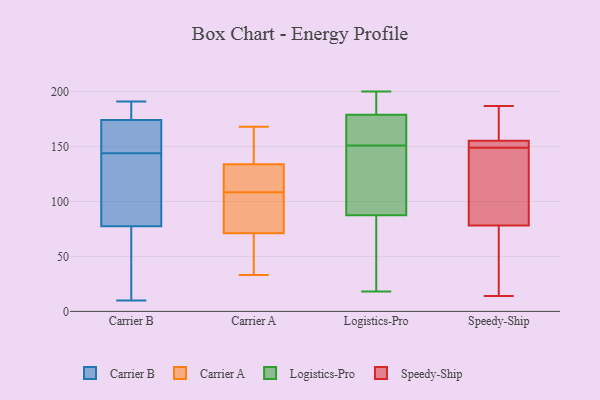
{"axis": {"x": "Satisfaction Score", "y": "Value"}, "legend": ["Carrier A", "Carrier B", "Logistics-Pro", "Speedy-Ship"], "data": [{"x": "", "y": 182, "type": "Carrier B"}, {"x": "", "y": 10, "type": "Carrier B"}, {"x": "", "y": 191, "type": "Carrier B"}, {"x": "", "y": 140, "type": "Carrier B"}, {"x": "", "y": 51, "type": "Carrier B"}, {"x": "", "y": 172, "type": "Carrier B"}, {"x": "", "y": 145, "type": "Carrier B"}, {"x": "", "y": 72, "type": "Carrier B"}, {"x": "", "y": 104, "type": "Carrier B"}, {"x": "", "y": 167, "type": "Carrier B"}, {"x": "", "y": 160, "type": "Carrier B"}, {"x": "", "y": 189, "type": "Carrier B"}, {"x": "", "y": 178, "type": "Carrier B"}, {"x": "", "y": 13, "type": "Carrier B"}, {"x": "", "y": 175, "type": "Carrier B"}, {"x": "", "y": 144, "type": "Carrier B"}, {"x": "", "y": 105, "type": "Carrier B"}, {"x": "", "y": 91, "type": "Carrier B"}, {"x": "", "y": 73, "type": "Carrier B"}, {"x": "", "y": 48, "type": "Carrier A"}, {"x": "", "y": 72, "type": "Carrier A"}, {"x": "", "y": 109, "type": "Carrier A"}, {"x": "", "y": 108, "type": "Carrier A"}, {"x": "", "y": 132, "type": "Carrier A"}, {"x": "", "y": 131, "type": "Carrier A"}, {"x": "", "y": 71, "type": "Carrier A"}, {"x": "", "y": 47, "type": "Carrier A"}, {"x": "", "y": 158, "type": "Carrier A"}, {"x": "", "y": 134, "type": "Carrier A"}, {"x": "", "y": 168, "type": "Carrier A"}, {"x": "", "y": 33, "type": "Carrier A"}, {"x": "", "y": 135, "type": "Carrier A"}, {"x": "", "y": 77, "type": "Carrier A"}, {"x": "", "y": 134, "type": "Logistics-Pro"}, {"x": "", "y": 160, "type": "Logistics-Pro"}, {"x": "", "y": 52, "type": "Logistics-Pro"}, {"x": "", "y": 21, "type": "Logistics-Pro"}, {"x": "", "y": 181, "type": "Logistics-Pro"}, {"x": "", "y": 151, "type": "Logistics-Pro"}, {"x": "", "y": 173, "type": "Logistics-Pro"}, {"x": "", "y": 184, "type": "Logistics-Pro"}, {"x": "", "y": 66, "type": "Logistics-Pro"}, {"x": "", "y": 200, "type": "Logistics-Pro"}, {"x": "", "y": 86, "type": "Logistics-Pro"}, {"x": "", "y": 199, "type": "Logistics-Pro"}, {"x": "", "y": 99, "type": "Logistics-Pro"}, {"x": "", "y": 162, "type": "Logistics-Pro"}, {"x": "", "y": 162, "type": "Logistics-Pro"}, {"x": "", "y": 92, "type": "Logistics-Pro"}, {"x": "", "y": 182, "type": "Logistics-Pro"}, {"x": "", "y": 148, "type": "Logistics-Pro"}, {"x": "", "y": 18, "type": "Logistics-Pro"}, {"x": "", "y": 148, "type": "Speedy-Ship"}, {"x": "", "y": 14, "type": "Speedy-Ship"}, {"x": "", "y": 156, "type": "Speedy-Ship"}, {"x": "", "y": 81, "type": "Speedy-Ship"}, {"x": "", "y": 154, "type": "Speedy-Ship"}, {"x": "", "y": 156, "type": "Speedy-Ship"}, {"x": "", "y": 155, "type": "Speedy-Ship"}, {"x": "", "y": 187, "type": "Speedy-Ship"}, {"x": "", "y": 153, "type": "Speedy-Ship"}, {"x": "", "y": 149, "type": "Speedy-Ship"}, {"x": "", "y": 34, "type": "Speedy-Ship"}, {"x": "", "y": 70, "type": "Speedy-Ship"}, {"x": "", "y": 114, "type": "Speedy-Ship"}]}